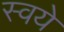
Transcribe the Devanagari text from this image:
स्वये